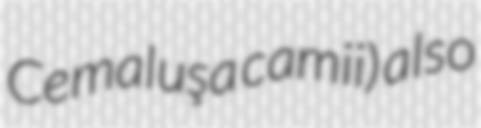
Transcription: Cemaluşa camii) also